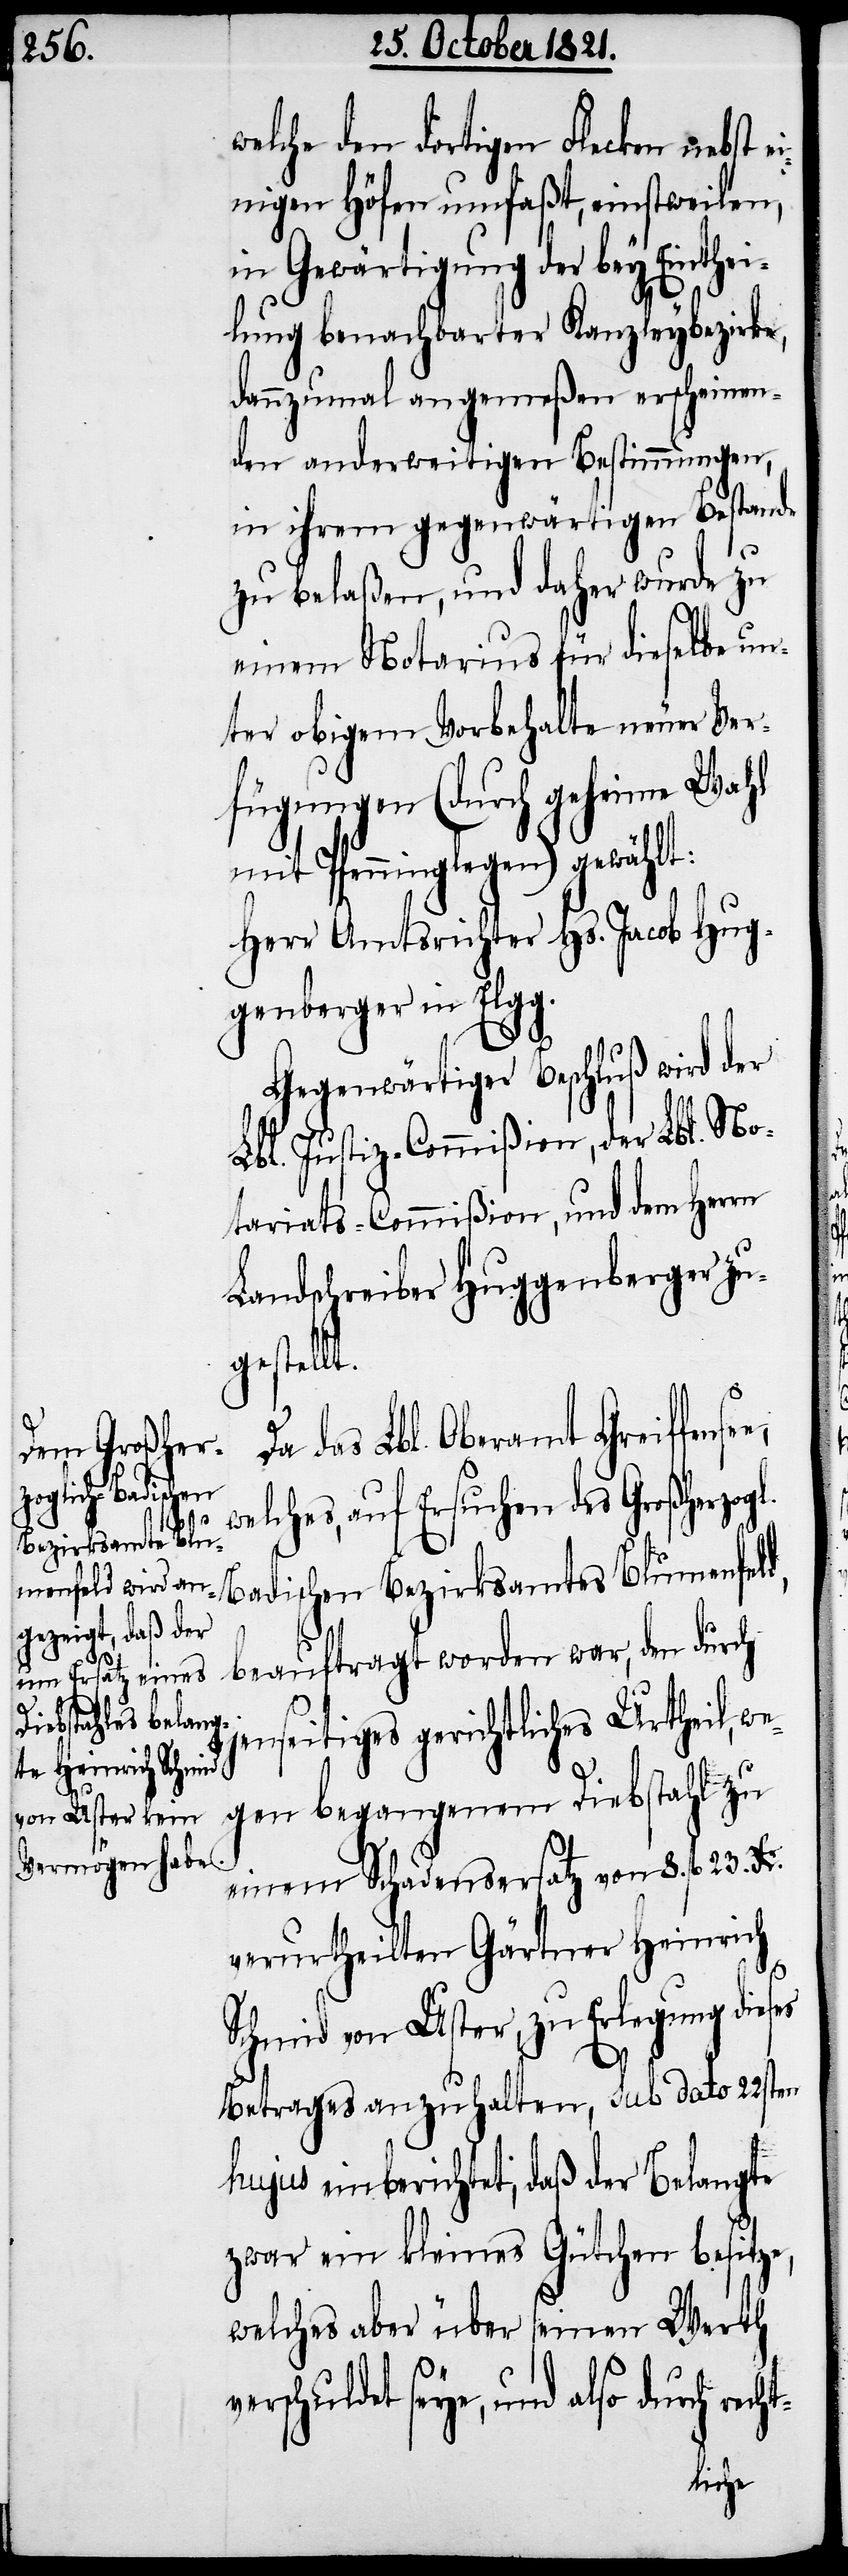
welche den dortigen Flecken nebst e¬
inigen Höfen umfaßt, einstweilen,
in Gewärtigung der bey Einthei¬
lung benachbarter Kanzleybezirke,
dannzumal angemeßen erscheinen¬
den anderweitigen Bestimmungen,
in ihrem gegenwärtigen Bestande
zu belaßen, und daher wurde zu
einem Notarius für dieselbe un¬
ter obigem Vorbehalte neuer Ver¬
fügungen (durch geheime Wahl
mit Pfenninglegen) gewählt:
Herr Amtsrichter Hs. Jacob Hug¬
genberger in Elgg.
Gegenwärtiger Beschluß wird der
Lbl. Justiz-Commißion, der Lbl. No¬
tariats-Commißion, und dem Herrn
Landschreiber Huggenberger zu¬
gestellt.
Da das Lbl. Oberamt Greiffense¬
welches, auf Ersuchen des Großherz¬
ht-
oglich-Badischen Bezirksamtes Blumenfeld,
enseitiges gerichtliches Urtheil, we¬
gen begangenem Diebstahl zu
einem Schadensersatz von 8. fl. 23.
verurtheilten Gärtner Heinrich
Schmid von Uster, zu Erlegung dieses
v¬
Betrages anzuhalten, sub dato 22sten
hujus einberichtet, daß der Belangte
zwar ein kleines Gütchen besitze,
welches aber über seinem Werth
erschuldet seye, und also durch rec¬